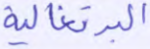
البرتغالية